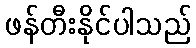
ဖန်တီးနိုင်ပါသည်